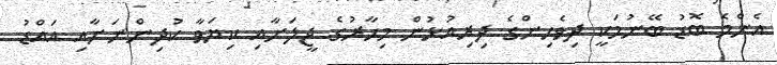
އެންމެ ބޮޑު ބޭނުމަކީ ދިވެހިންގެ ދިރިއުޅުން މިހާރުގެ ޖީލަށާއި ކިޔަވާ ކުދިންނަށާއި އައްޑު